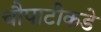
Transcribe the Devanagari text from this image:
चौपाटीकडे